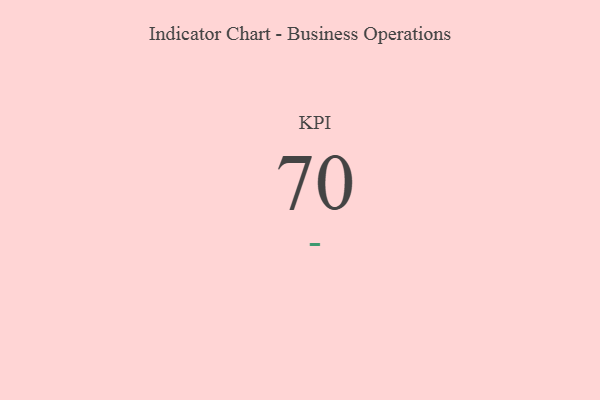
{"axis": {"x": "KPI", "y": "Value"}, "legend": [""], "data": [{"x": "KPI", "y": 70, "type": ""}]}